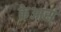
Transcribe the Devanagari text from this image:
क्रेआस्